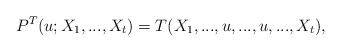
LaTeX: \begin{align*}P^T(u;X_1,...,X_t) =T(X_1,...,u,...,u,...,X_t),\end{align*}